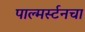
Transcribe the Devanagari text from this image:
पाल्मर्स्टनचा